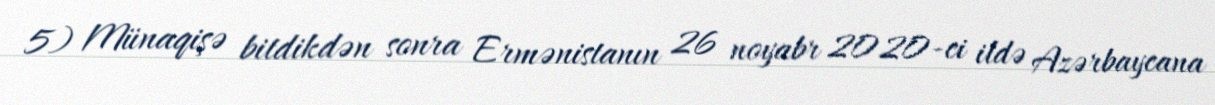
5) Münaqişə bitdikdən sonra Ermənistanın 26 noyabr 2020-ci ildə Azərbaycana